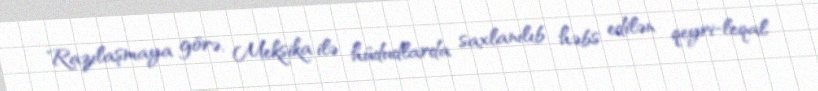
Razılaşmaya görə, Meksika ilə hüdudlarda saxlanılıb həbs edilən qeyri-leqal